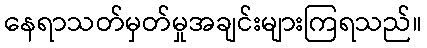
နေရာသတ်မှတ်မှုအချင်းများကြရသည်။